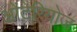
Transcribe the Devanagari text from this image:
ओंटेरियोज